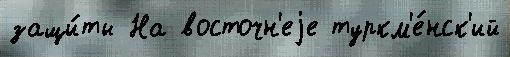
защи́ты На восточн'еjе туркм'е́нск'ий